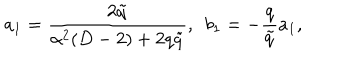
a _ { 1 } = \frac { 2 \tilde { q } } { \alpha ^ { 2 } ( D - 2 ) + 2 q \tilde { q } } , ~ ~ b _ { 1 } = - \frac { q } { \tilde { q } } a _ { 1 } ,